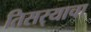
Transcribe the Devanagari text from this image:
तिसर्‍याचा